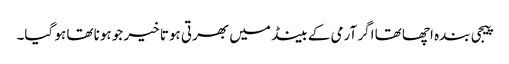
پیجی بندہ اچھا تھا اگر آرمی کے بینڈ میں بھرتی ہوتا خیر جو ہونا تھا ہو گیا۔